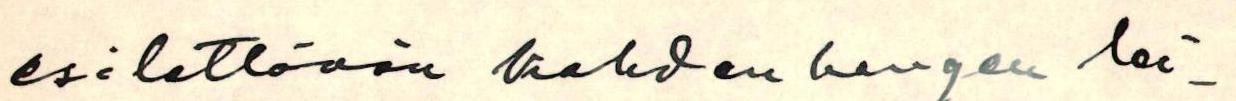
esitetään kahden hengen lei-